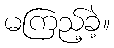
မကြည့်ခဲ့။